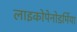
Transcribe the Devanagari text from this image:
लाइकोपेनोडर्मिया